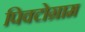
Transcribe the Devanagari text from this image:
पिक्टोग्राम